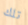
تلك